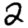
Digit: 2